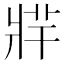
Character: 𤖁